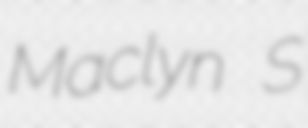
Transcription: Maclyn S